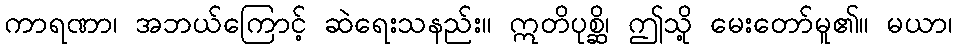
ကာရဏာ၊ အဘယ်ကြောင့် ဆဲရေးသနည်း။ ဣတိပုစ္ဆိ၊ ဤသို့ မေးတော်မူ၏။ မယာ၊